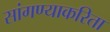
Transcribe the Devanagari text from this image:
सांगण्याकरिता